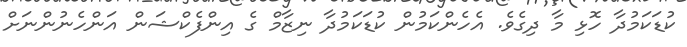
ކުޑަކަމުދާ ހޮޅި މާ ދިގެވެ. އެހެންކަމުން ކުޑަކަމުދާ ނިޒާމް ގެ އިންފެކްޝަން އަންހެނުންނަށް